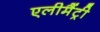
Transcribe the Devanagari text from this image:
एलीमैंट्री